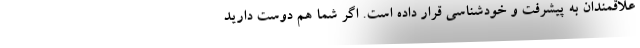
علاقمندان به پیشرفت و خودشناسی قرار داده است. اگر شما هم دوست دارید